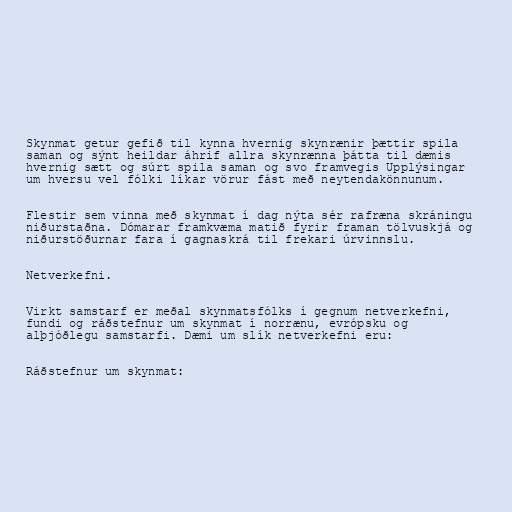
Skynmat getur gefið til kynna hvernig skynrænir þættir spila
saman og sýnt heildar áhrif allra skynrænna þátta til dæmis
hvernig sætt og súrt spila saman og svo framvegis Upplýsingar
um hversu vel fólki líkar vörur fást með neytendakönnunum.

Flestir sem vinna með skynmat í dag nýta sér rafræna skráningu
niðurstaðna. Dómarar framkvæma matið fyrir framan tölvuskjá og
niðurstöðurnar fara í gagnaskrá til frekari úrvinnslu.

Netverkefni.

Virkt samstarf er meðal skynmatsfólks í gegnum netverkefni,
fundi og ráðstefnur um skynmat í norrænu, evrópsku og
alþjóðlegu samstarfi. Dæmi um slík netverkefni eru:

Ráðstefnur um skynmat: